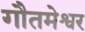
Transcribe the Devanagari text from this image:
गौतमेश्वर